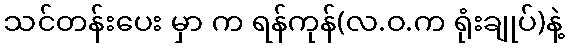
သင်တန်းပေး မှာ က ရန်ကုန်(လ.ဝ.က ရုံးချုပ်)နဲ့